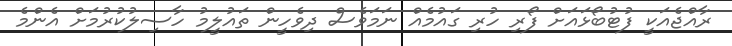
ރާއްޖެއަކީ ފުޓުބޯޅައަށް ފޯރި ހުރި ގައުމެއް ނަމަވެސް ދިވެހީން ތައުލީމު ހާސިލުކުރުމަށް އެންމެ